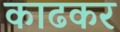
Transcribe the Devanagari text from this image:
काढकर